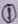
Text: 1